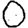
Digit: 0